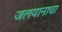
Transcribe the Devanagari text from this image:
जलयानाचा